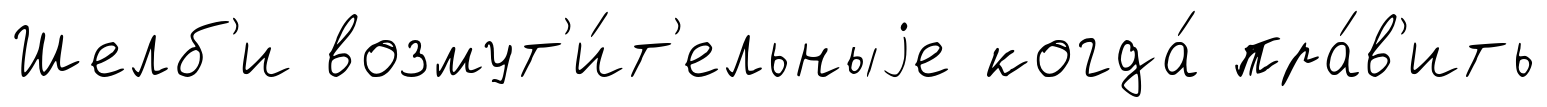
Шелб'и возмут'и́т'ельныjе когда́ пра́в'ить